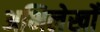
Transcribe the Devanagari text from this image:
अभिलेखोँ